Annual report on the working of the lock hospitals in the Central Provinces
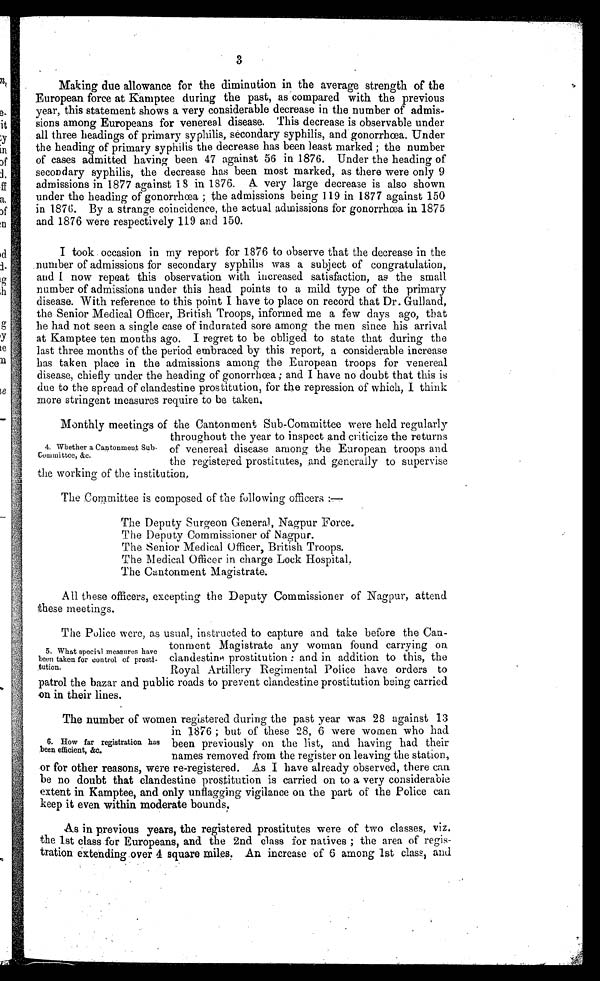
3
Making due allowance for the diminution in the average strength of the
European force at Kamptee during the past, as compared with the previous
year, this statement shows a very considerable decrease in the number of admis-
sions among Europeans for venereal disease. This decrease is observable under
all three headings of primary, syphilis, secondary syphilis, and gonorrhcea. Under
the heading of primary syphilis the decrease has been least marked ; the number
of cases admitted having been 47 against 56 in 1876. Under the heading of
secondary syphilis, the decrease has been most marked, as there were only 9
admissions in 1877 against 18 in 1876. A very large decrease is also shown
under the heading of gonorrhcea ; the admissions being 119 in 1877 against 150
in 1876. By a strange coincidence, the actual admissions for gonorrhcea in 1875
and 1876 were respectively 119 and 150.
I took occasion in my report for 1876 to observe that the decrease in the
number of admissions for secondary syphilis was a subject of congratulation,
and I now repeat this observation with increased satisfaction, as the small
number of admissions under this head points to a mild type of the primary
disease. With reference to this point I have to place on record that Dr. Gulland,
the Senior Medical Off icer, British Troops, informed me a few days ago, that
lie had not seen a single case of indurated sore among the men since his arrival
at Kamptee ten months ago. I regret to be obliged to state that during the
last three months of the period embraced by this report, a considerable increase
has taken place in the admissions among the European troops for venereal
disease, chiefly under the heading of gonorrhcea ; and I have no doubt that this is
due to the spread of clandestine prostitution, for the repression of which, I think
more stringent measures require to be taken,
Monthly meetings of the Cantonment Sub-Committee were held regularly
throughout the year to inspect and criticize the returns
of venereal disease among the European troops and.
the registered prostitutes, and generally to supervise
the working of the institution,
The Committee is composed of the following officers :—
The Deputy Surgeon General, Nagpur Force.
The Deputy Commissioner of Nagpur.
The Senior Medical Officer, British Troops.
The Medical Offi cer in charge Lock Hospital,
The Cantonment Magistrate.
All these officers, excepting the Deputy Commissioner of Nagpur, attend
these meetings.
The Police were, as usual, instructed to capture and take before the Can-
tonment Magistrate any woman found carrying on
clandestine prostitution : and in addition to this, the
Royal Artillery Regimental Police have orders to
patrol the bazar and public roads to prevent clandestine prostitution being carried
on in their lines.
The number of women registered during the past year was 28 against 13
in 1876 ; but of these 28, 6 were women who had
been previously on the list, and having had their
names removed from the register on leaving the station,
or for other reasons, were re-registered. As I have already observed, there can
be no doubt that clandestine prostitution is carried on to a very considerabie
extent in Kamptee, and only unflagging vigilance on the part of the Police can
keep it even within moderate bounds.
As in previous years, the registered prostitutes were of two classes, viz
the 1st class for Europeans, and the 2nd class for natives ; the area of regis-
tration extending over 4 square miles ? An increase of 6 among 1st class, and
4. Whether a Cantonment Sub-
Committee, &c.
•
5. What special measures have
been taken for control of prosti-
tution.
6. How far registration has
been efficient, &c.
O